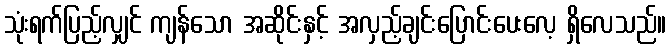
သုံးရက်ပြည့်လျှင် ကျန်သော အဆိုင်းနှင့် အလှည့်ချင်းပြောင်းပေးလေ့ ရှိလေသည်။